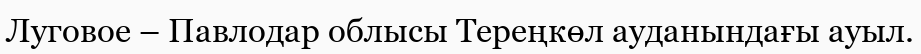
Луговое – Павлодар облысы Тереңкөл ауданындағы ауыл.